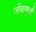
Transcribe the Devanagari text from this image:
जीवाणुऔं